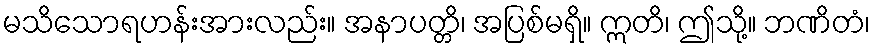
မသိသောရဟန်းအားလည်း။ အနာပတ္တိ၊ အပြစ်မရှိ။ ဣတိ၊ ဤသို့။ ဘဏိတံ၊